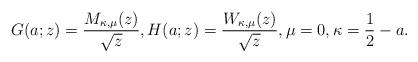
LaTeX: \begin{align*}G(a;z) = \frac{M_{\kappa,\mu}(z)}{\sqrt{z}}, H(a;z) = \frac{W_{\kappa,\mu}(z)}{\sqrt{z}}, \mu = 0, \kappa = \frac{1}{2}-a.\end{align*}